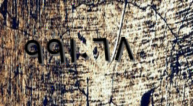
٩٩١٠٦٨